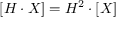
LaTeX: [ H \cdot X ] = H ^ { 2 } \cdot [ X ]